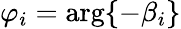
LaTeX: \varphi_{i}=\mathrm{arg}\{ -\beta_{i}\}